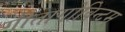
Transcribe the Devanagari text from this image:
गीतागोविन्दम